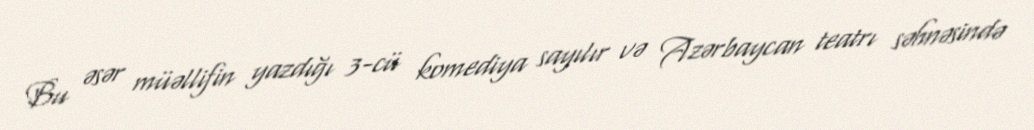
Bu əsər müəllifin yazdığı 3-cü komediya sayılır və Azərbaycan teatrı səhnəsində